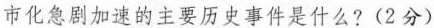
市化急剧加速的主要历史事件是什么?(2分)